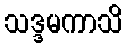
သဒ္ဒမကာသိ